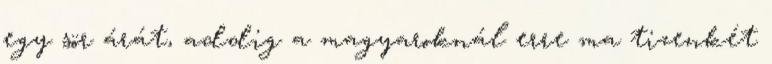
egy sör árát, addig a magyaroknál erre ma tizenkét